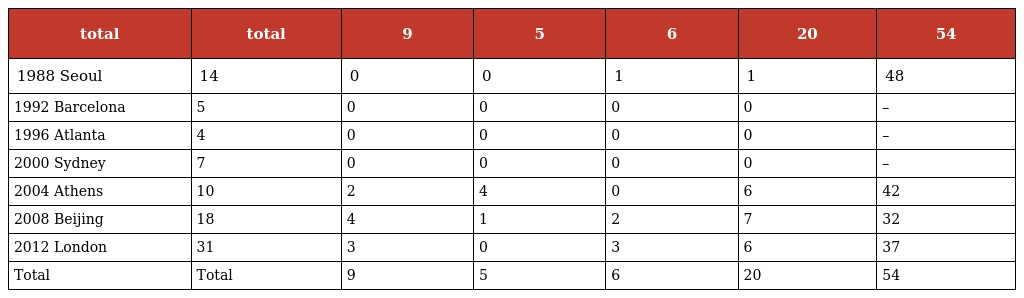
| total | total | 9 | 5 | 6 | 20 | 54 |
 | --- | --- | --- | --- | --- | --- | --- |
 | 1988 Seoul | 14 | 0 | 0 | 1 | 1 | 48 |
 | 1992 Barcelona | 5 | 0 | 0 | 0 | 0 | – |
 | 1996 Atlanta | 4 | 0 | 0 | 0 | 0 | – |
 | 2000 Sydney | 7 | 0 | 0 | 0 | 0 | – |
 | 2004 Athens | 10 | 2 | 4 | 0 | 6 | 42 |
 | 2008 Beijing | 18 | 4 | 1 | 2 | 7 | 32 |
 | 2012 London | 31 | 3 | 0 | 3 | 6 | 37 |
 | Total | Total | 9 | 5 | 6 | 20 | 54 |